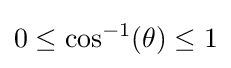
0\leq \cos ^{-1}(\theta )\leq 1